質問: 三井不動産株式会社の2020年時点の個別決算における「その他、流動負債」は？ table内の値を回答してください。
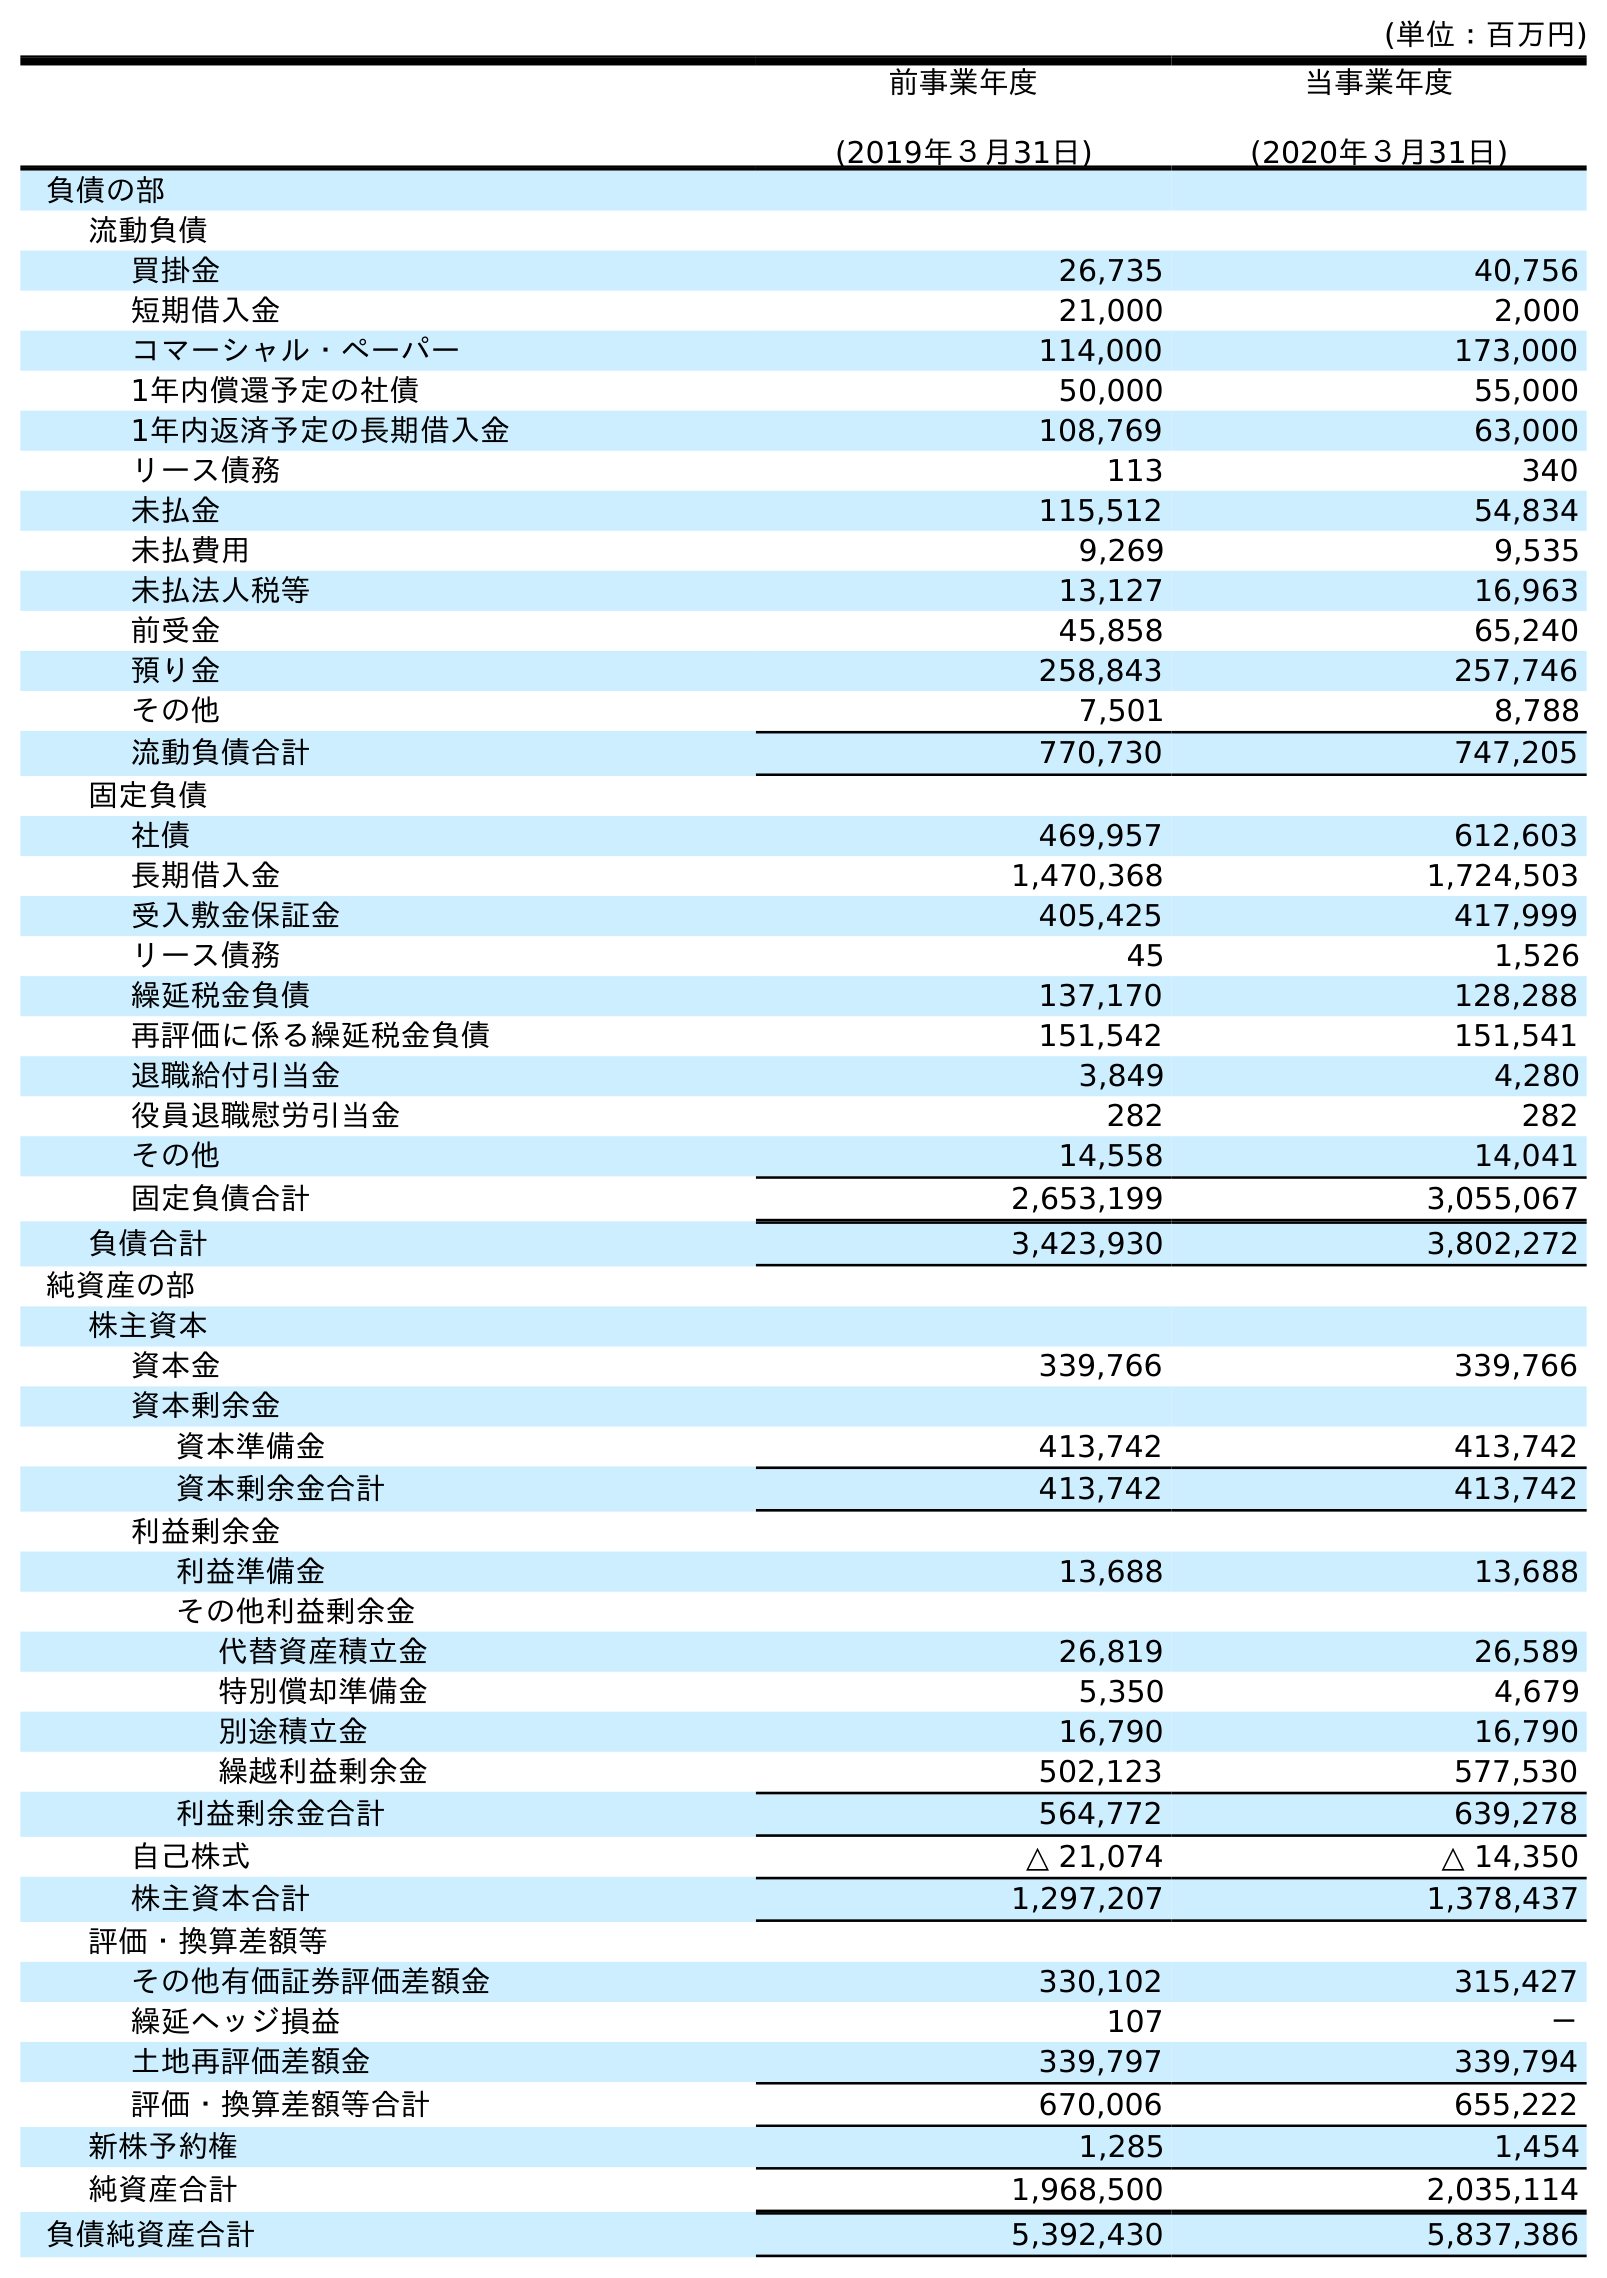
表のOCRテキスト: (単位：百万円) 前事業年度 (2019年３月31日) 当事業年度 (2020年３月31日) 負債の部 流動負債 買掛金 26,735 40,756 短期借入金 21,000 2,000 コマーシャル・ペーパー 114,000 173,000 1年内償還予定の社債 50,000 55,000 1年内返済予定の長期借入金 108,769 63,000 リース債務 113 340 未払金 115,512 54,834 未払費用 9,269 9,535 未払法人税等 13,127 16,963 前受金 45,858 65,240 預り金 258,843 257,746 その他 7,501 8,788 流動負債合計 770,730 747,205 固定負債 社債 469,957 612,603 長期借入金 1,470,368 1,724,503 受入敷金保証金 405,425 417,999 リース債務 45 1,526 繰延税金負債 137,170 128,288 再評価に係る繰延税金負債 151,542 151,541 退職給付引当金 3,849 4,280 役員退職慰労引当金 282 282 その他 14,558 14,041 固定負債合計 2,653,199 3,055,067 負債合計 3,423,930 3,802,272 純資産の部 株主資本 資本金 339,766 339,766 資本剰余金 資本準備金 413,742 413,742 資本剰余金合計 413,742 413,742 利益剰余金 利益準備金 13,688 13,688 その他利益剰余金 代替資産積立金 26,819 26,589 特別償却準備金 5,350 4,679 別途積立金 16,790 16,790 繰越利益剰余金 502,123 577,530 利益剰余金合計 564,772 639,278 自己株式 △ 21,074 △ 14,350 株主資本合計 1,297,207 1,378,437 評価・換算差額等 その他有価証券評価差額金 330,102 315,427 繰延ヘッジ損益 107 － 土地再評価差額金 339,797 339,794 評価・換算差額等合計 670,006 655,222 新株予約権 1,285 1,454 純資産合計 1,968,500 2,035,114 負債純資産合計 5,392,430 5,837,386
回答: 8,788